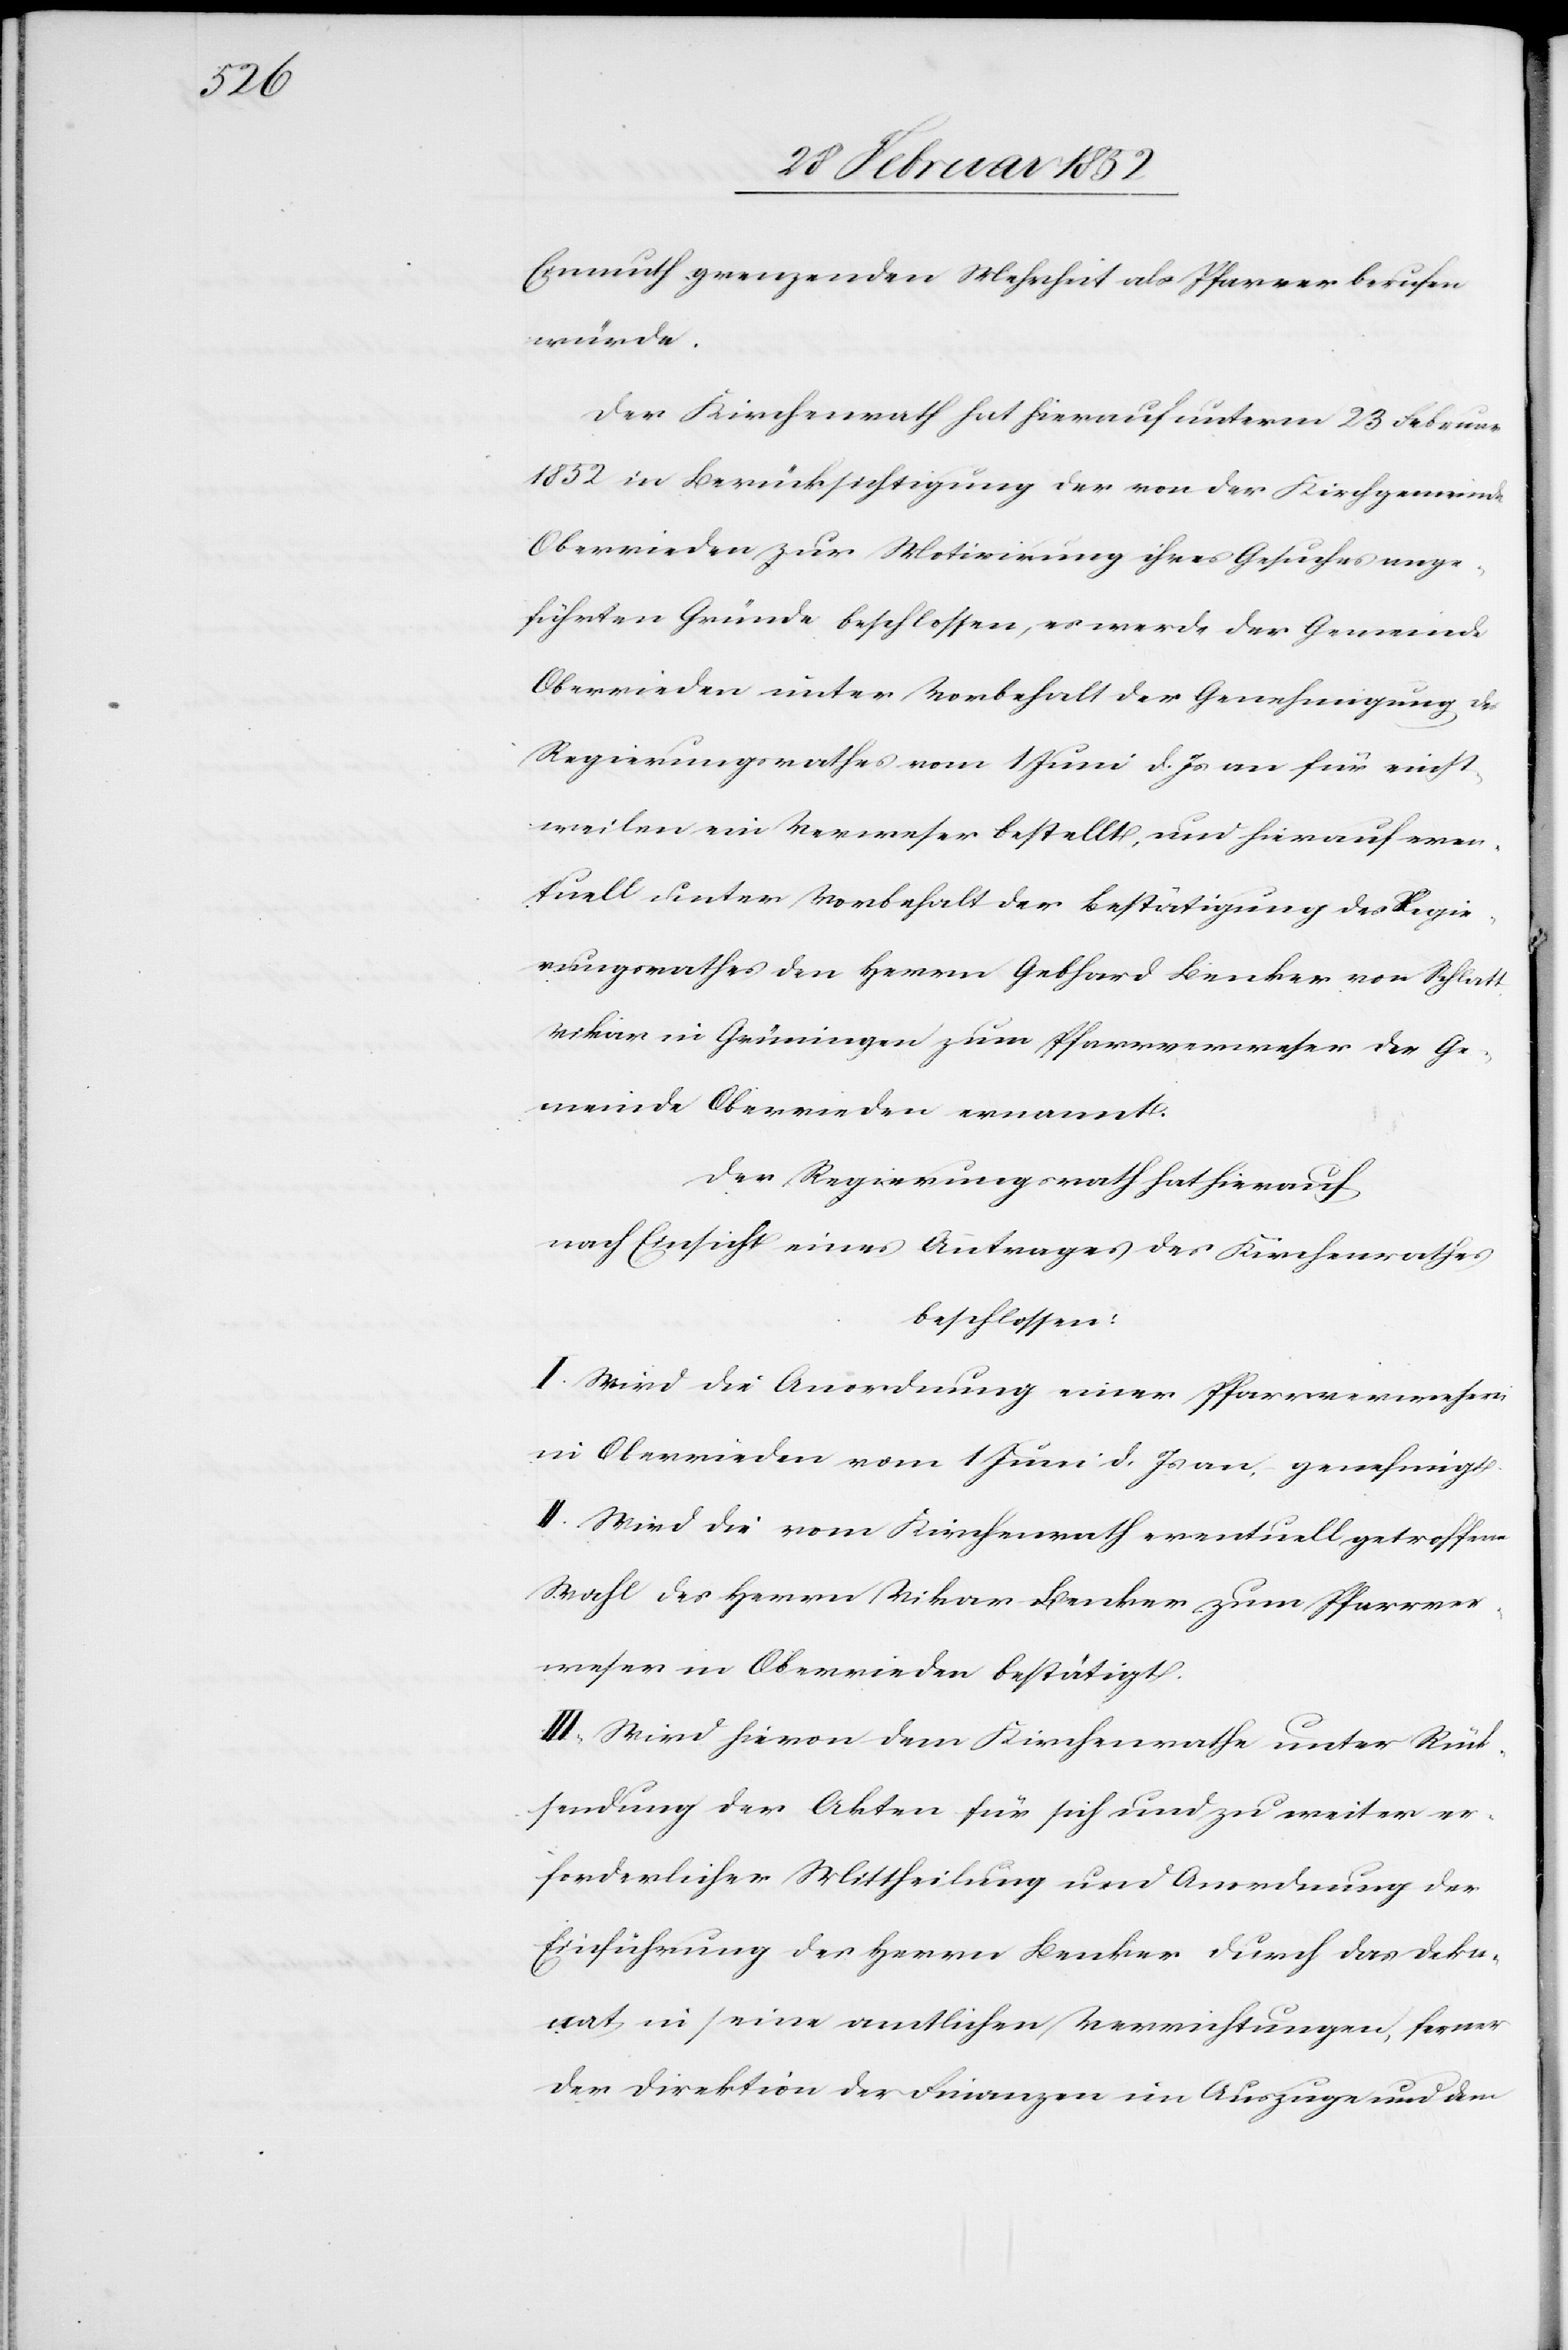
Einmuth grenzenden Mehrheit als Pfarrer berufen
würde.
Der Kirchenrath hat hierauf unterm 23 Februar
1852 in Berücksichtigung der von der Kirchgemeinde
Oberrieden zur Motivirung ihres Gesuches ange¬
führten Gründe beschlossen, es werde der Gemeinde
Oberrieden unter Vorbehalt der Genehmigung des
Regierungsrathes vom 1 Juni d. Js an für einst¬
weilen ein Verweser bestellt, und hierauf even¬
tuell unter Vorbehalt der Bestätigung des Regie¬
rungsrathes den Herrn Gebhard Benker von Schlatt
Vikar in Grüningen zum Pfarrverweser der Ge¬
meinde Oberrieden ernannt.
Der Regierungsrath hat hierauf
nach Einsicht eines Antrages des Kirchenrathes
beschlossen:
I. Wird die Anordnung einer Pfarrverweserei
in Oberrieden vom 1 Juni d. Js an genehmigt.
II. Wird die vom Kirchenrath eventuell getroffene
Wahl des Herrn Vikar Benker zum Pfarrver¬
weser in Oberrieden bestätigt.
III. Wird hievon dem Kirchenrathe unter Rück¬
sendung der Akten für sich und zu weiter er¬
forderlicher Mittheilung und Anordnung der
Einführung des Herrn Benker durch das Deka¬
nat in seine amtlichen Verrichtungen, ferner
der Direktion der Finanzen im Auszuge und dem